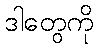
ဒါတွေကို